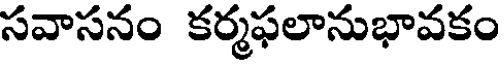
సవాసనం కర్మఫలానుభావకం